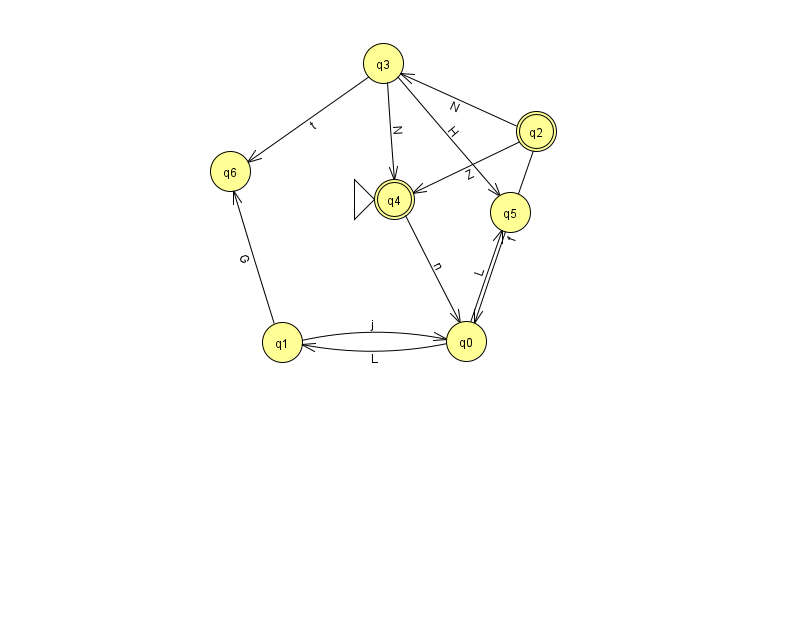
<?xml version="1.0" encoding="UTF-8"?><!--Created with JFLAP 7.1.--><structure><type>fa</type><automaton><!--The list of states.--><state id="0" name="q0"><x>466.0</x><y>328.0</y></state><state id="1" name="q1"><x>282.0</x><y>329.0</y></state><state id="2" name="q2"><x>536.0</x><y>118.0</y><final/></state><state id="3" name="q3"><x>383.0</x><y>50.0</y></state><state id="4" name="q4"><x>394.0</x><y>186.0</y><initial/><final/></state><state id="5" name="q5"><x>510.0</x><y>199.0</y></state><state id="6" name="q6"><x>230.0</x><y>158.0</y></state><!--The list of transitions.--><transition><from>0</from><to>1</to><read>L</read></transition><transition><from>3</from><to>6</to><read>t</read></transition><transition><from>3</from><to>4</to><read>N</read></transition><transition><from>1</from><to>6</to><read>G</read></transition><transition><from>2</from><to>4</to><read>Z</read></transition><transition><from>1</from><to>0</to><read>j</read></transition><transition><from>0</from><to>5</to><read>L</read></transition><transition><from>3</from><to>5</to><read>H</read></transition><transition><from>4</from><to>0</to><read>n</read></transition><transition><from>2</from><to>3</to><read>N</read></transition><transition><from>2</from><to>0</to><read>f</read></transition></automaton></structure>